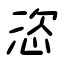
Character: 恣